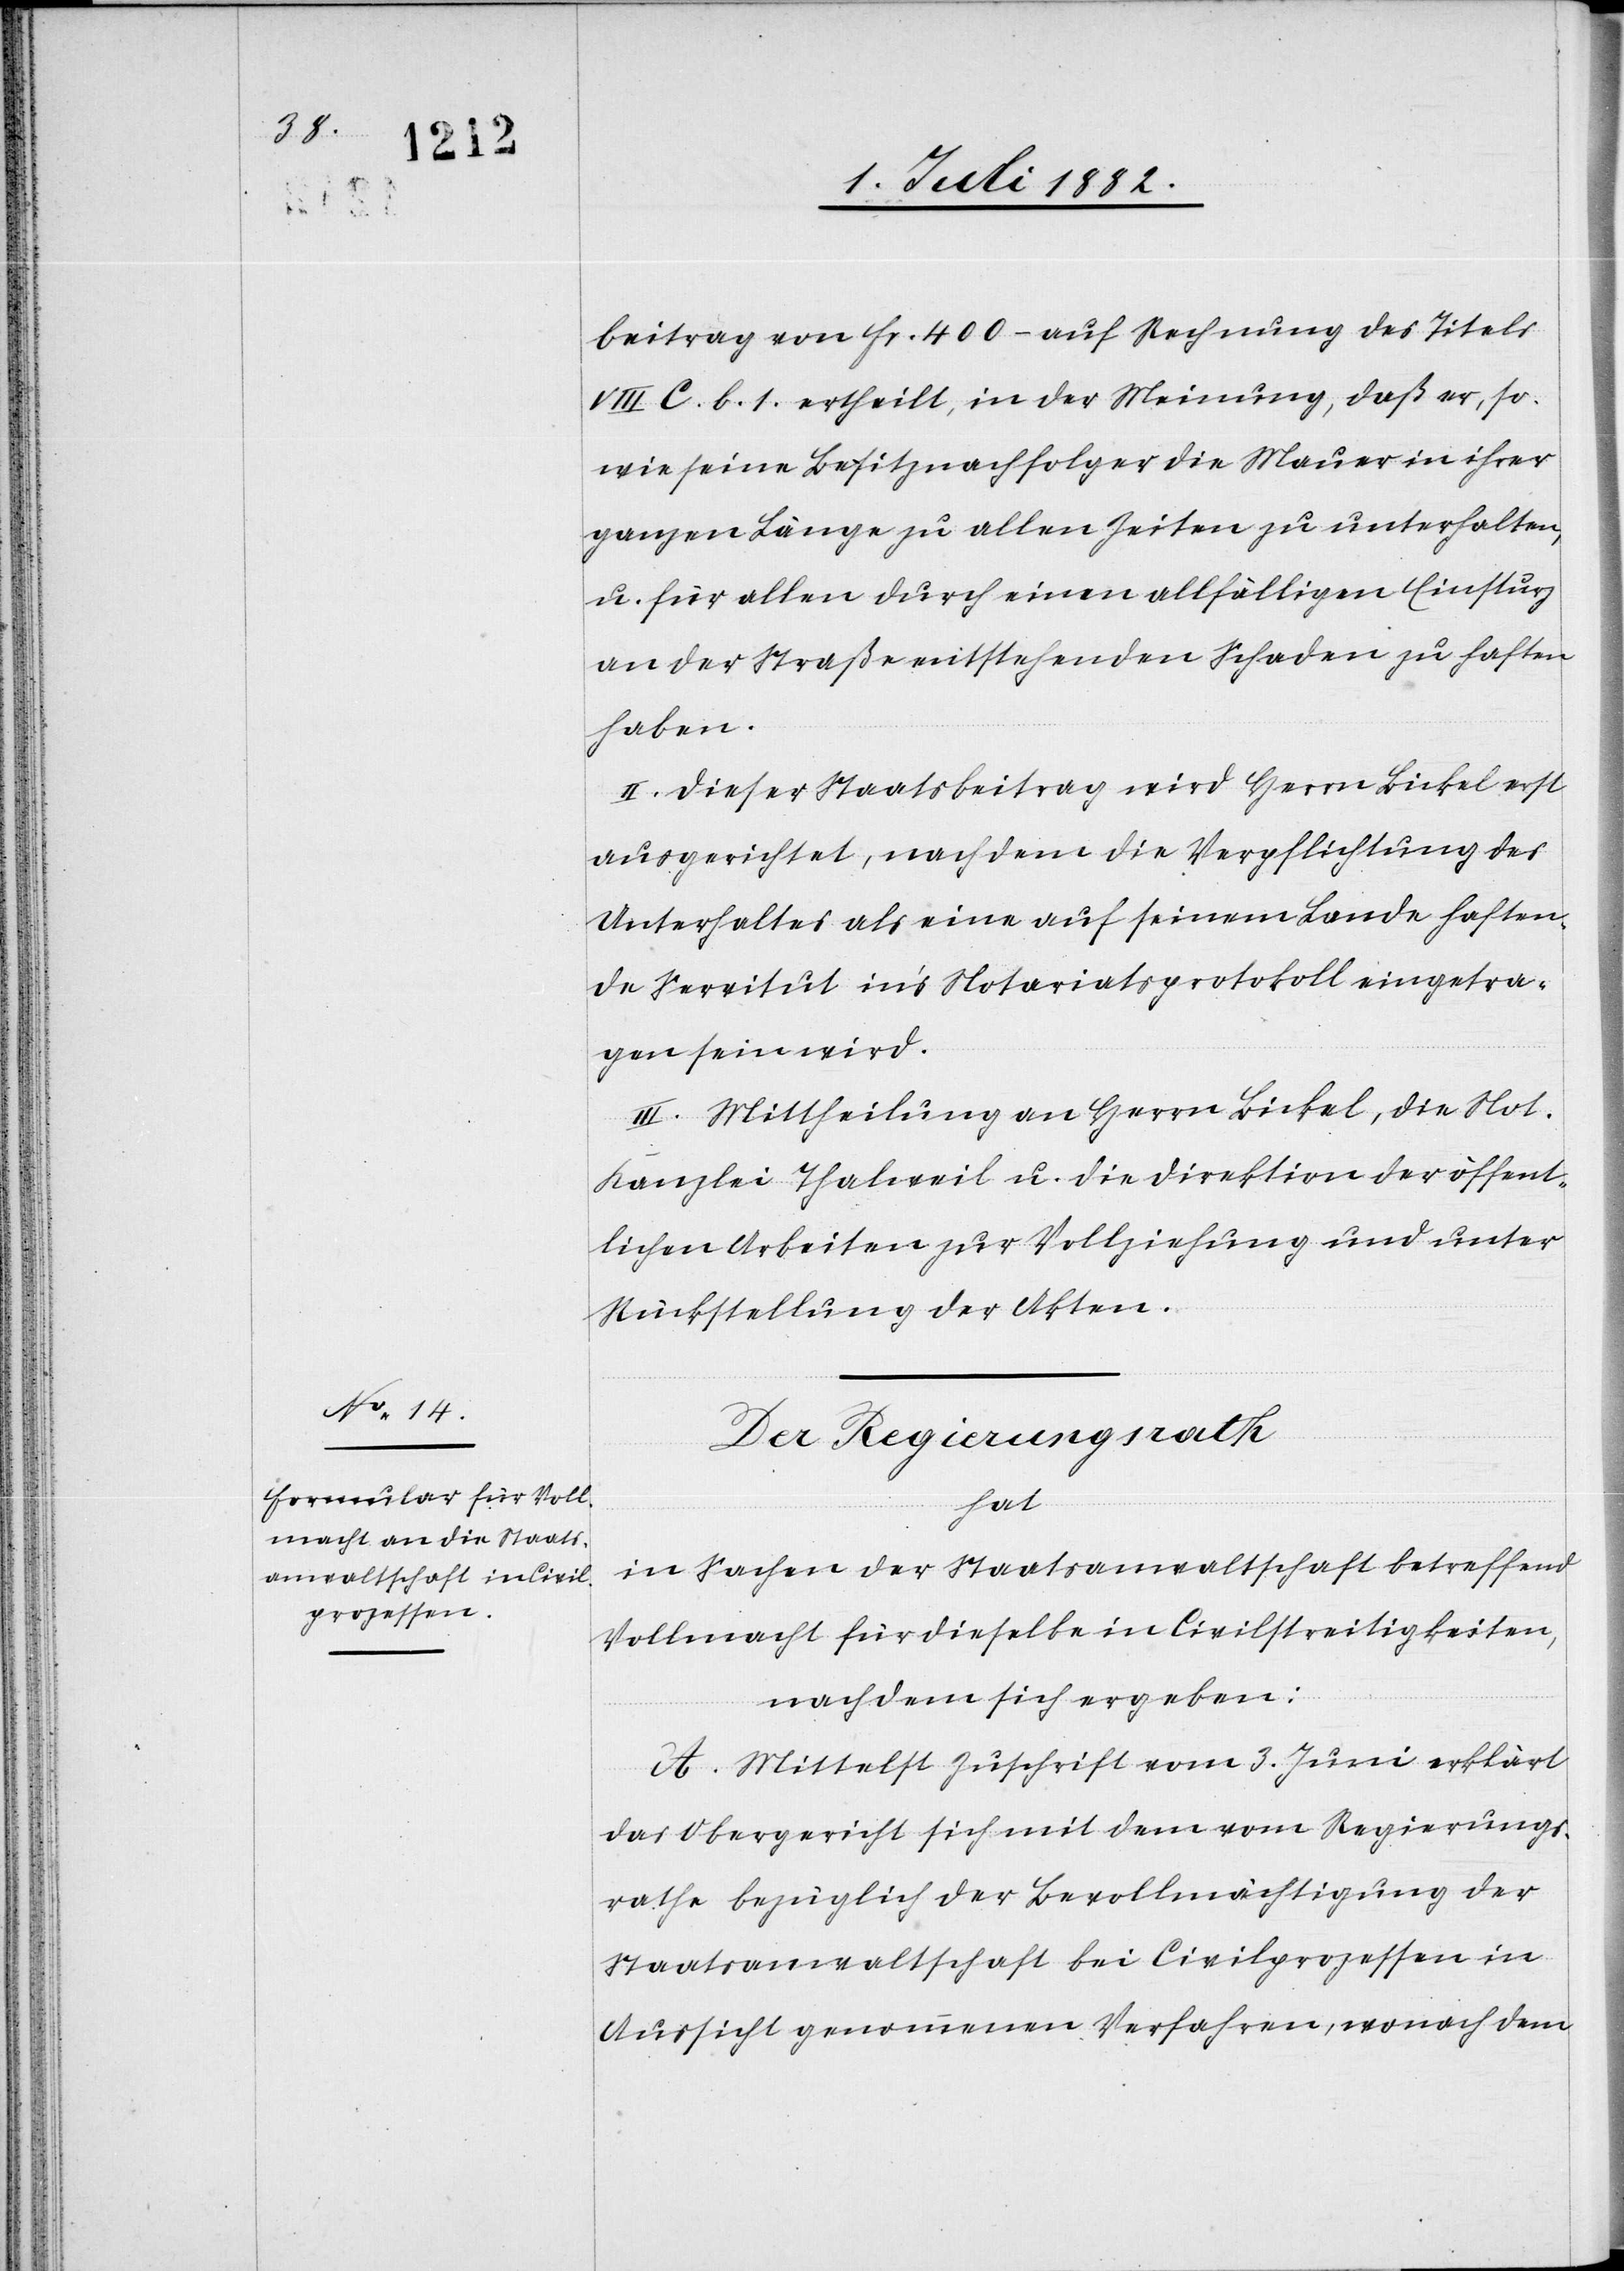
beitrag von Fr. 400 auf Rechnung des Titels
VIII C. b 1. ertheilt, in der Meinung, daß er, so
wie seine Besitznachfolger, die Mauer in ihrer
ganzen Länge zu allen Zeiten zu unterhalten
u. für allen durch einen allfälligen Einsturz
an der Straße entstehenden Schaden zu haften
haben.
II. Dieser Staatsbeitrag wird Herrn Bickel erst
ausgerichtet, nachdem die Verpflichtung des
Unterhaltes als eine auf seinem Lande haften¬
den Servitut in’s Notariatsprotokoll eingetra¬
gen sein wird.
III. Mittheilung an Herrn Bickel, die Not.
Kanzlei Thalweil u. die Direktion der öffent¬
lichen Arbeiten zur Vollziehung und unter
Rückstellung der Akten.
Der Regierungsrath
hat
in Sachen der Staatsanwaltschaft betreffend
Vollmacht für dieselbe in Civilstreitigkeiten,
nachdem sich ergeben:
A. Mittelst Zuschrift vom 3. Juni erklärt
das Obergericht sich mit dem vom Regierungs¬
rathe bezüglich der Bevollmächtigung der
Staatsanwaltschaft bei Civilprozessen in
Aussicht genommenen Verfahren, wonach dem